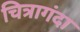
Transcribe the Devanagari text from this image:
चित्रागंदा